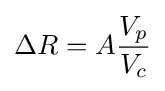
\Delta R=A{\frac {V_{p}}{V_{c}}}